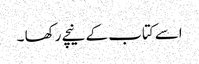
اسے کتاب کے نیچے رکھا ۔